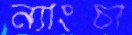
ন্যাংচা